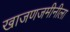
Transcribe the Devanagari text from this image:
खाजणजमीनीला